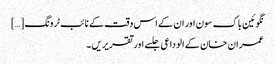
نگوئین باک سون اور ان کے اس وقت کے نائب ٹرونگ […]
عمران خان کے الوداعی جلسے اور تقریریں ۔